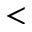
<